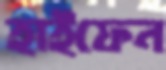
হাইফেন